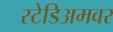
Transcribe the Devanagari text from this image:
स्टेडिअमवर